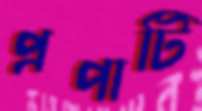
প্রপাটি